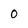
Character: 0